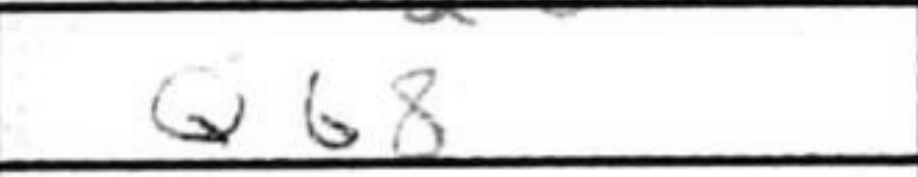
Transcription: Qb8